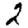
Digit: 2